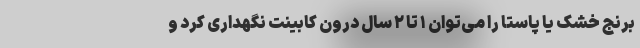
برنج خشک یا پاستا را می‌توان ۱ تا ۲ سال درون کابینت نگهداری کرد و